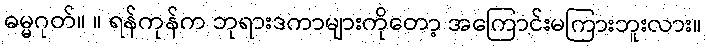
ဓမ္မဂုတ်။ ။ ရန်ကုန်က ဘုရားဒကာများကိုတော့ အကြောင်းမကြားဘူးလား။